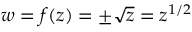
w = f ( z ) = \pm { \sqrt { z } } = z ^ { 1 / 2 }